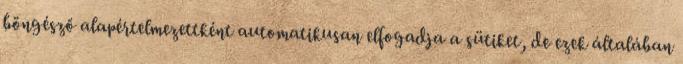
böngésző alapértelmezettként automatikusan elfogadja a sütiket, de ezek általában